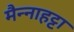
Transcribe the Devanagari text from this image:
मैन्नाहट्टा